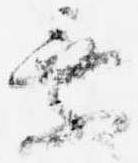
乗